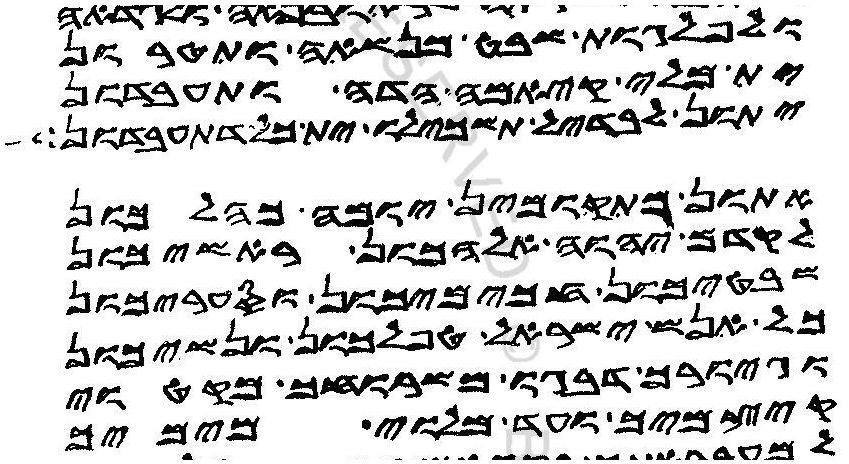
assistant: ולפלגות שבט מנשאה ותטרון
ית מלי קיאמה הדה ותעבדון
יתון לבדיל תשכילו ית כל דתעבדון
אתון מתקוממין יומה כהלכון
לקדם יהוה אלהכון ראשיכון
שבטיכון חכימיכון וסעפריכון
כל אנש ישראל טפלכון ונשיכון
וגיורך דבגו משרוחך מקטוי
קיצמיך ועד מלוי מימיך